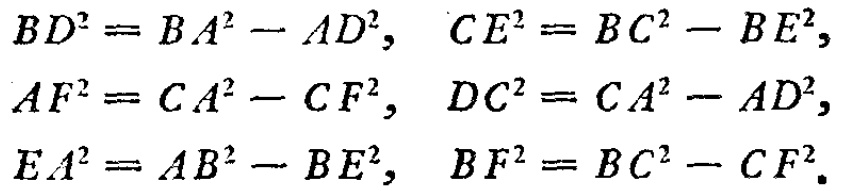
\[

\begin{align*}

BD^{2}&=BA^{2}-AD^{2},&CE^{2}&=BC^{2}-BE^{2},\\

AF^{2}&=CA^{2}-CF^{2},&DC^{2}&=CA^{2}-AD^{2},\\

EA^{2}&=AB^{2}-BE^{2},&BF^{2}&=BC^{2}-CF^{2}.

\end{align*}

\]